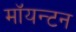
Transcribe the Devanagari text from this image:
मॉयन्टन